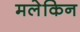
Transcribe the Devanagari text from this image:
मलेकिन